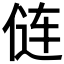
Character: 𫢪